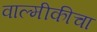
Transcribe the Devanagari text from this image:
वाल्मीकीचा